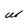
Character: W